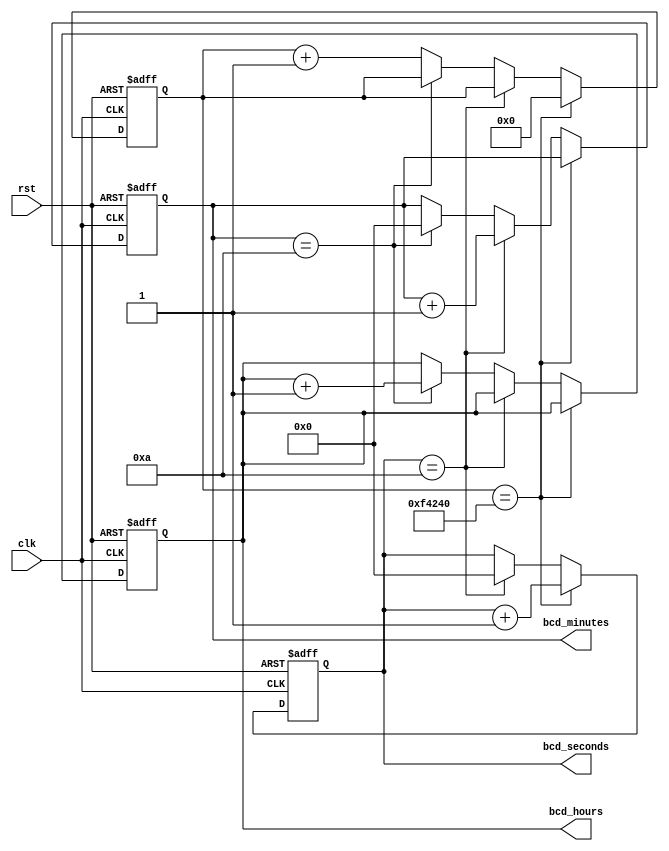
`timescale 1ns / 1ps
//////////////////////////////////////////////////////////////////////////////////
// Company: 
// Engineer: 
// 
// Design Name: 
// Module Name: BCD_TIMECOUNT
// Project Name: 
// Target Devices: 
// Tool Versions: 
// Description: 
// 
// Dependencies: 
// 
// Revision:
// Revision 0.01 - File Created
// Additional Comments:
// 
//////////////////////////////////////////////////////////////////////////////////
module BCD_TIMECOUNT (
    input wire clk,      
    input wire rst,      
    output wire [3:0] bcd_seconds,  
    output wire [3:0] bcd_minutes,  
    output wire [3:0] bcd_hours     
);
reg [3:0] seconds_reg = 4'b0000;  
reg [3:0] minutes_reg = 4'b0000;   
reg [3:0] hours_reg   = 4'b0000;   
reg [23:0] count = 0;              
always @(posedge clk or posedge rst) begin
    if (rst) begin
        seconds_reg <= 4'b0000;
        minutes_reg <= 4'b0000;
        hours_reg   <= 4'b0000;
        count <= 0;
    end else if (count == 1000000) begin
        seconds_reg <= seconds_reg + 1;
        count <= 0;
    end else if (seconds_reg == 10) begin
        
        seconds_reg <= 4'b0000;
        minutes_reg <= minutes_reg + 1;
    end else if (minutes_reg == 10) begin
      
        minutes_reg <= 4'b0000;
        hours_reg   <= hours_reg + 1;
    end else begin
      
        count <= count + 1;
    end
end
assign bcd_seconds = seconds_reg;
assign bcd_minutes = minutes_reg;
assign bcd_hours   = hours_reg;
endmodule


module testbench;

reg clk;
reg rst;
wire [3:0] bcd_seconds;
wire [3:0] bcd_minutes;
wire [3:0] bcd_hours;


BCD_TIMECOUNT uut (
    .clk(clk),
    .rst(rst),
    .bcd_seconds(bcd_seconds),
    .bcd_minutes(bcd_minutes),
    .bcd_hours(bcd_hours)
);


always begin
    #5 clk = ~clk;
end

initial begin
    clk = 0;
    rst = 1;
    #10 rst = 0; 
    #1000 $finish; 

end
always @(posedge clk) begin
    $display("Time: %d%d:%d%d:%d%d", bcd_hours, bcd_hours, bcd_minutes, bcd_minutes, bcd_seconds, bcd_seconds);
end

endmodule